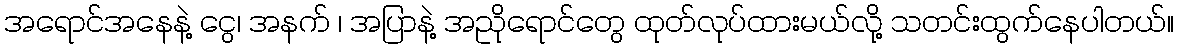
အရောင်အနေနဲ့ ငွေ၊ အနက် ၊ အပြာနဲ့ အညိုရောင်တွေ ထုတ်လုပ်ထားမယ်လို့ သတင်းထွက်နေပါတယ်။